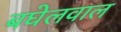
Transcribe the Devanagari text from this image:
बघेलवाल